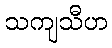
သကျသီဟ